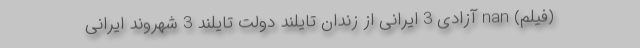
(فیلم) nan آزادی 3 ایرانی از زندان تایلند دولت تایلند 3 شهروند ایرانی